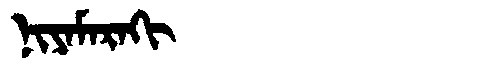
Manchu: ᠨᡳᠶᠠᠮᠠᡵᠠᡴᡳ
Romanization: NIYAMARAKI